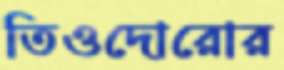
তিওদোরোর